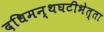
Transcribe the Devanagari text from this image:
दधिमन्थघटीभेत्ता